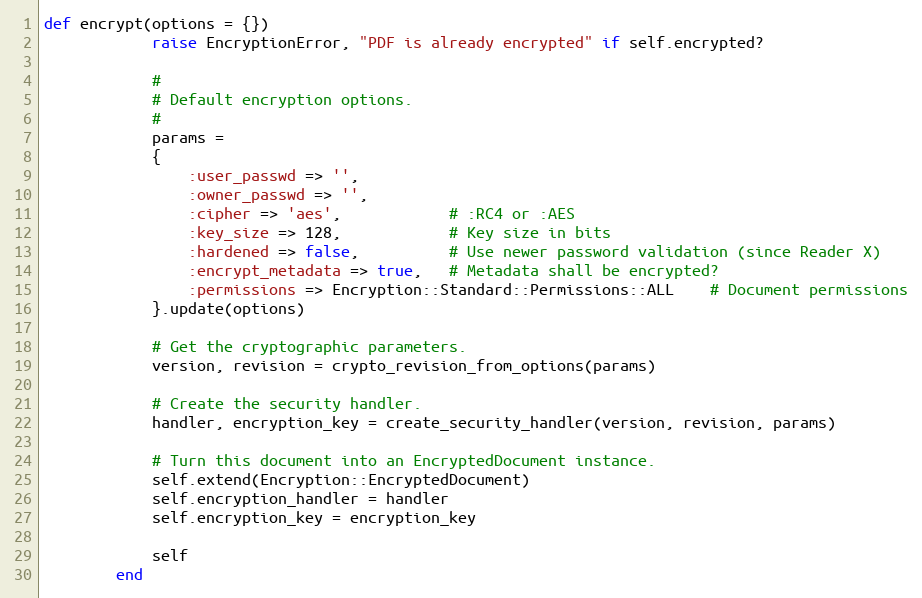
Language: Ruby
def encrypt(options = {})
            raise EncryptionError, "PDF is already encrypted" if self.encrypted?

            #
            # Default encryption options.
            #
            params =
            {
                :user_passwd => '',
                :owner_passwd => '',
                :cipher => 'aes',            # :RC4 or :AES
                :key_size => 128,            # Key size in bits
                :hardened => false,          # Use newer password validation (since Reader X)
                :encrypt_metadata => true,   # Metadata shall be encrypted?
                :permissions => Encryption::Standard::Permissions::ALL    # Document permissions
            }.update(options)

            # Get the cryptographic parameters.
            version, revision = crypto_revision_from_options(params)

            # Create the security handler.
            handler, encryption_key = create_security_handler(version, revision, params)

            # Turn this document into an EncryptedDocument instance.
            self.extend(Encryption::EncryptedDocument)
            self.encryption_handler = handler
            self.encryption_key = encryption_key

            self
        end